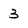
Character: 3